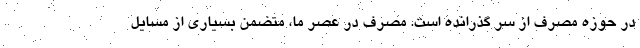
در حوزه مصرف از سر گذرانده است. مصرف در عصر ما، متضمن بسیاری از مسایل